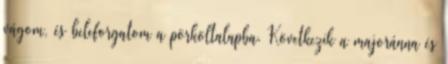
vágom, és beleforgatom a pörköltalapba. Következik a majoránna és